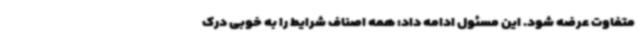
متفاوت عرضه شود. این مسئول ادامه داد: همه اصناف شرایط را به خوبی درک